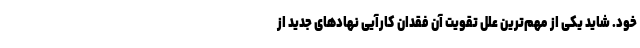
خود. شاید یکی از مهم‌ترین علل تقویت آن فقدان کارآیی نهادهای جدید از